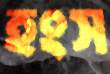
হংস